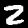
Label: 2